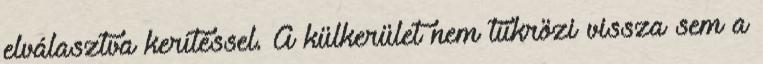
elválasztva kerítéssel. A külkerület nem tükrözi vissza sem a